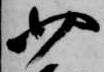
四